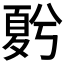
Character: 𡕵